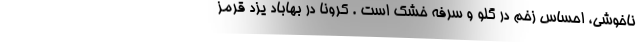
ناخوشی، احساس زخم در گلو و سرفه خشک است . کرونا در بهاباد یزد قرمز